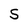
Character: S